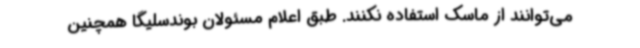
می‌توانند از ماسک استفاده نکنند. طبق اعلام مسئولان بوندسلیگا همچنین